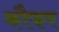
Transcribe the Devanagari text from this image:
कौफर